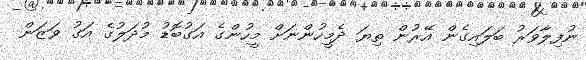
ނުފިލާވަރު ބަލައިގެން އޭރުން ތިޔަ ދެމީހުންނަށް މީހުންގެ އަގުބޮޑު މުދަލުގެ އަގު ވަޒަން